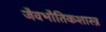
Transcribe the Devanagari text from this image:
जैवभौतिकशास्त्र